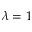
\lambda = 1